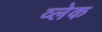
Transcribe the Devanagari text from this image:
व्लेक